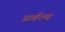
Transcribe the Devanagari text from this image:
प्रर्वत्य